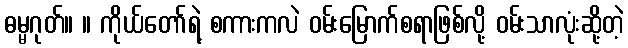
ဓမ္မဂုတ်။ ။ ကိုယ်တော်ရဲ့ စကားကလဲ ဝမ်းမြောက်စရာဖြစ်လို့ ဝမ်းသာလုံးဆို့တဲ့